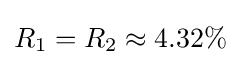
R_{1}=R_{2}\approx 4.32\%